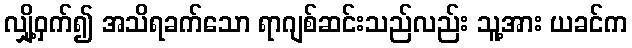
လျှို့ဝှက်၍ အသိရခက်သော ရာဂျစ်ဆင်းသည်လည်း သူ့အား ယခင်က